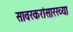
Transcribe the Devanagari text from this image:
सावरकरांसारख्या